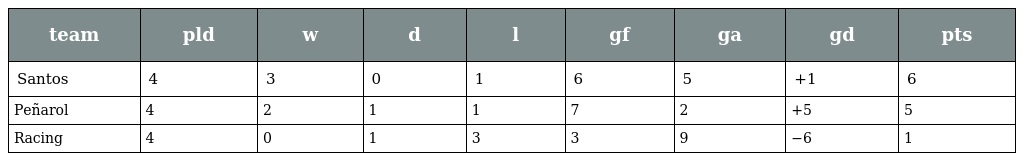
| team | pld | w | d | l | gf | ga | gd | pts |
 | --- | --- | --- | --- | --- | --- | --- | --- | --- |
 | Santos | 4 | 3 | 0 | 1 | 6 | 5 | +1 | 6 |
 | Peñarol | 4 | 2 | 1 | 1 | 7 | 2 | +5 | 5 |
 | Racing | 4 | 0 | 1 | 3 | 3 | 9 | −6 | 1 |